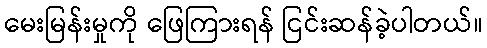
မေးမြန်းမှုကို ဖြေကြားရန် ငြင်းဆန်ခဲ့ပါတယ်။